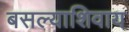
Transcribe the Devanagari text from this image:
बसल्याशिवाय